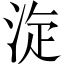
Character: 㳬